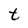
Character: t